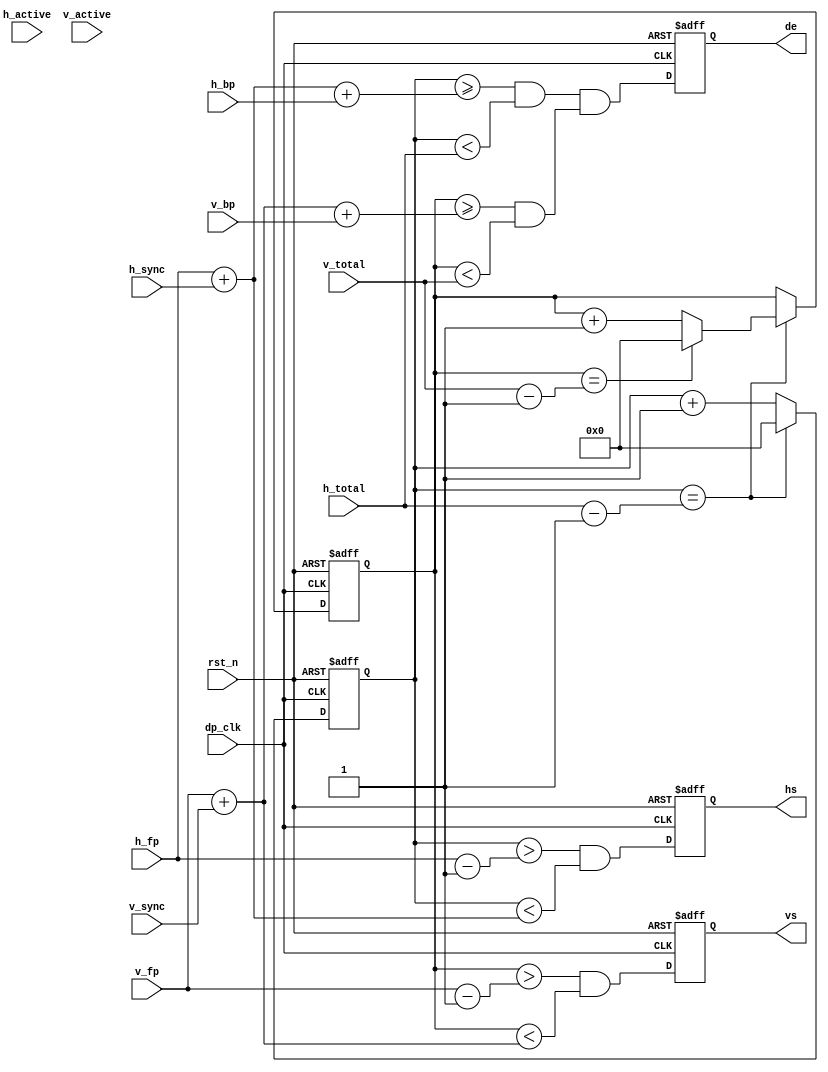
/*******************************************************/
/****                                                  */
/****	*****/
/****                                                  */
/*******************************************************/
/*


*/
module vout_display_timing(
	input rst_n,               /* */
	input dp_clk,              /**/
	input[11:0] h_fp,          /* */
	input[11:0] h_sync,        /* */
	input[11:0] h_bp,          /* */
	input[11:0] h_active,      /* */
	input[11:0] h_total,       /* */
	input[11:0] v_fp,          /**/
	input[11:0] v_sync,        /**/
	input[11:0] v_bp,          /* */
	input[11:0] v_active,      /* */
	input[11:0] v_total,       /* */
	output hs,                 /* */
	output vs,                 /* */
	output de                  /**/
);
reg[11:0] h_cnt = 12'd0;
reg[11:0] v_cnt = 12'd0;

reg hs_reg;
reg vs_reg;
reg de_reg;

wire hs_net;
wire vs_net;
wire de_net;
wire v_video;
wire h_video;

assign hs_net = (h_cnt > h_fp - 12'd1) && (h_cnt < h_fp + h_sync);/**/
assign h_video = (h_cnt >= h_fp + h_sync + h_bp) && (h_cnt < h_total);
assign v_video = (v_cnt >= v_fp + v_sync + v_bp) && (v_cnt < v_total);
assign vs_net = (v_cnt > v_fp - 12'd1) && (v_cnt < v_fp + v_sync);/**/
assign de_net = h_video && v_video;/**/
assign hs = hs_reg;
assign vs = vs_reg;
assign de = de_reg;
/**/
always@(posedge dp_clk or negedge rst_n)
begin
	if(!rst_n)
		h_cnt <= 12'd0;
	else if(h_cnt == h_total - 12'd1)
		h_cnt <= 12'd0;
	else
		h_cnt <= h_cnt + 12'd1;		
end
/**/
always@(posedge dp_clk or negedge rst_n)
begin
	if(!rst_n)
		v_cnt <= 12'd0;
	else if(h_cnt == h_total - 12'd1)
		if(v_cnt == v_total - 12'd1)
			v_cnt <= 12'd0;
		else
			v_cnt <= v_cnt + 12'd1;
	else
		v_cnt <= v_cnt;
end

/**/
always@(posedge dp_clk or negedge rst_n)
begin
	if(!rst_n)
		hs_reg <= 1'b0;
	else
		hs_reg <= hs_net;
end
/**/
always@(posedge dp_clk or negedge rst_n)
begin
	if(!rst_n)
		de_reg <= 1'b0;
	else
		de_reg <= de_net;
end
/**/
always@(posedge dp_clk or negedge rst_n)
begin
	if(!rst_n)
		vs_reg <= 1'b0;
	else
		vs_reg <= vs_net;
end
endmodule